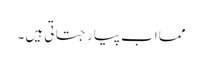
مما اب پیار جتاتی ہیں ۔